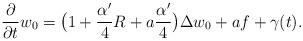
LaTeX: \begin{align*}\frac{\partial}{\partial t}w_0=\big(1+\frac{\alpha'}{4}R+a\frac{\alpha'}{4}\big)\Delta w_0+af+\gamma(t).\end{align*}